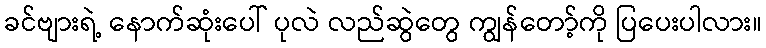
ခင်ဗျားရဲ့ နောက်ဆုံးပေါ် ပုလဲ လည်ဆွဲတွေ ကျွန်တော့်ကို ပြပေးပါလား။